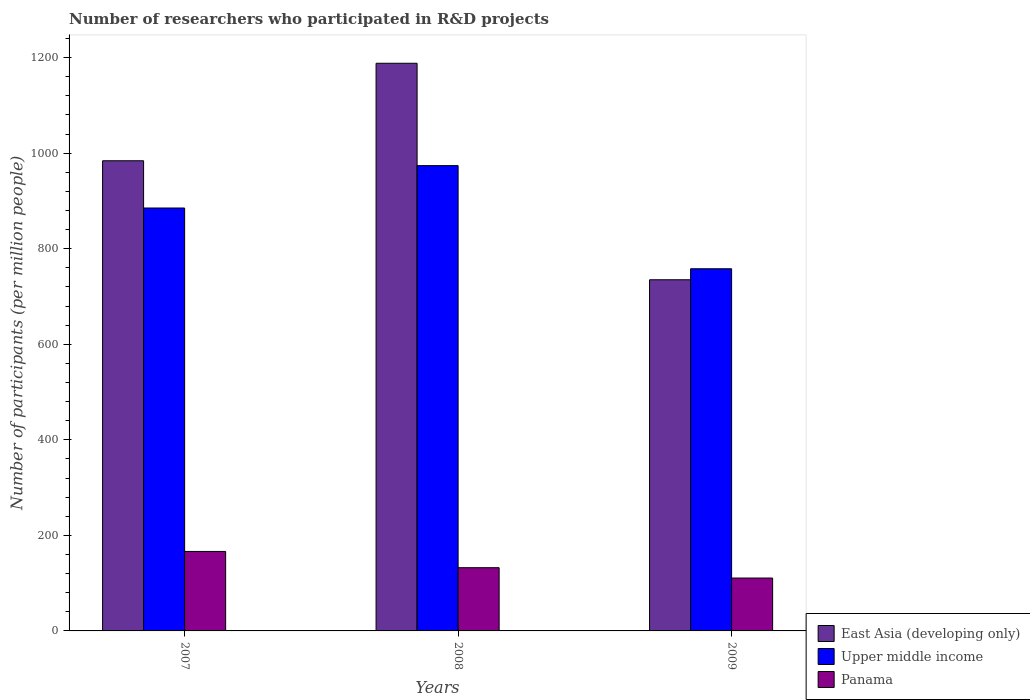
| Years | East Asia (developing only) | Upper middle income | Panama |
 | --- | --- | --- | --- |
 | 2007 | 984 | 885 | 166 |
 | 2008 | 1.19e+03 | 974 | 132 |
 | 2009 | 735 | 758 | 111 |